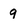
Character: 9